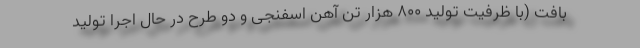
بافت (با ظرفیت تولید ۸۰۰ هزار تن آهن اسفنجی و دو طرح در حال اجرا تولید